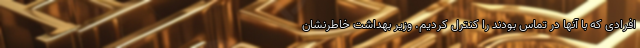
افرادی که با آنها در تماس بودند را کنترل کردیم. وزیر بهداشت خاطرنشان